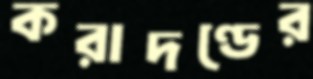
করাদণ্ডের